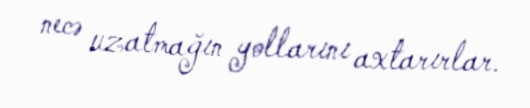
necə uzatmağın yollarını axtarırlar.